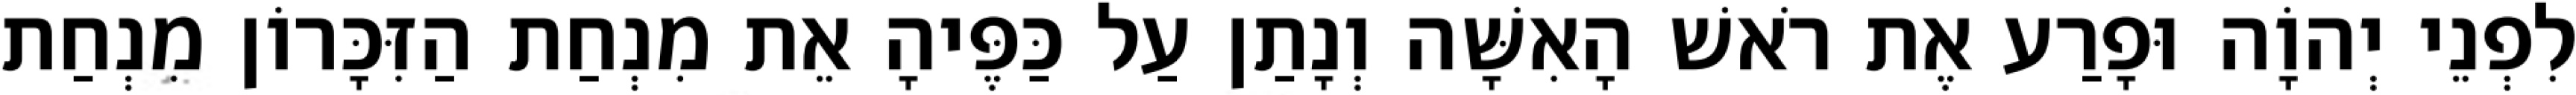
לִפְנֵי יְהוָֹה וּפָרַע אֶת רֹאשׁ הָאִשָּׁה וְנָתַן עַל כַּפֶּיהָ אֵת מִנְחַת הַזִּכָּרוֹן מִנְחַת